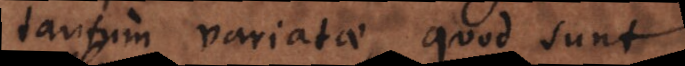
tantum variatae, quod sunt